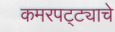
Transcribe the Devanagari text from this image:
कमरपट्ट्याचे